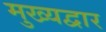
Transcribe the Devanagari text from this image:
मुख्‍यद्वार